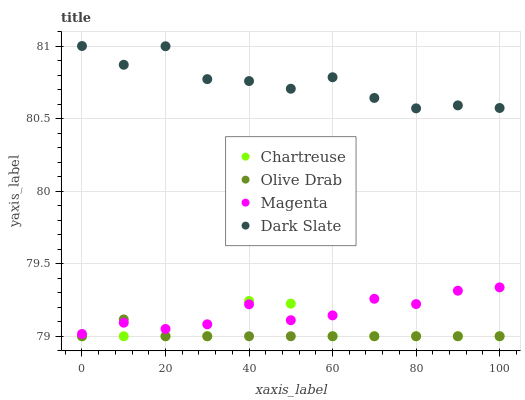
| xaxis_label | Chartreuse | Olive Drab | Magenta | Dark Slate |
 | --- | --- | --- | --- | --- |
 | 0 | 79 | 79 | 79 | 81 |
 | 10 | 79 | 79.1 | 79.1 | 80.9 |
 | 20 | 79 | 79 | 79.1 | 81 |
 | 30 | 79 | 79 | 79.1 | 80.8 |
 | 40 | 79.2 | 79 | 79.2 | 80.8 |
 | 50 | 79.2 | 79 | 79.1 | 80.7 |
 | 60 | 79 | 79 | 79.1 | 80.8 |
 | 70 | 79 | 79 | 79.3 | 80.6 |
 | 80 | 79 | 79 | 79.2 | 80.6 |
 | 90 | 79 | 79 | 79.3 | 80.6 |
 | 100 | 79 | 79 | 79.3 | 80.6 |